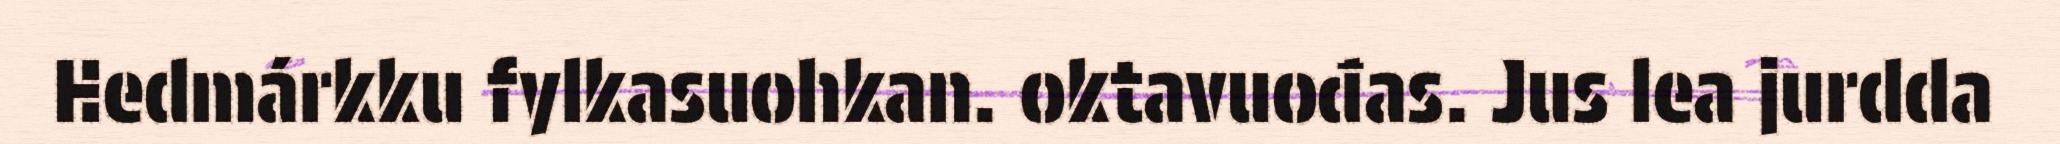
Hedmárkku fylkasuohkan. oktavuođas. Jus lea jurdda